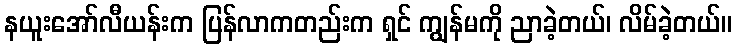
နယူးအော်လီယန်းက ပြန်လာကတည်းက ရှင် ကျွန်မကို ညာခဲ့တယ်၊ လိမ်ခဲ့တယ်။